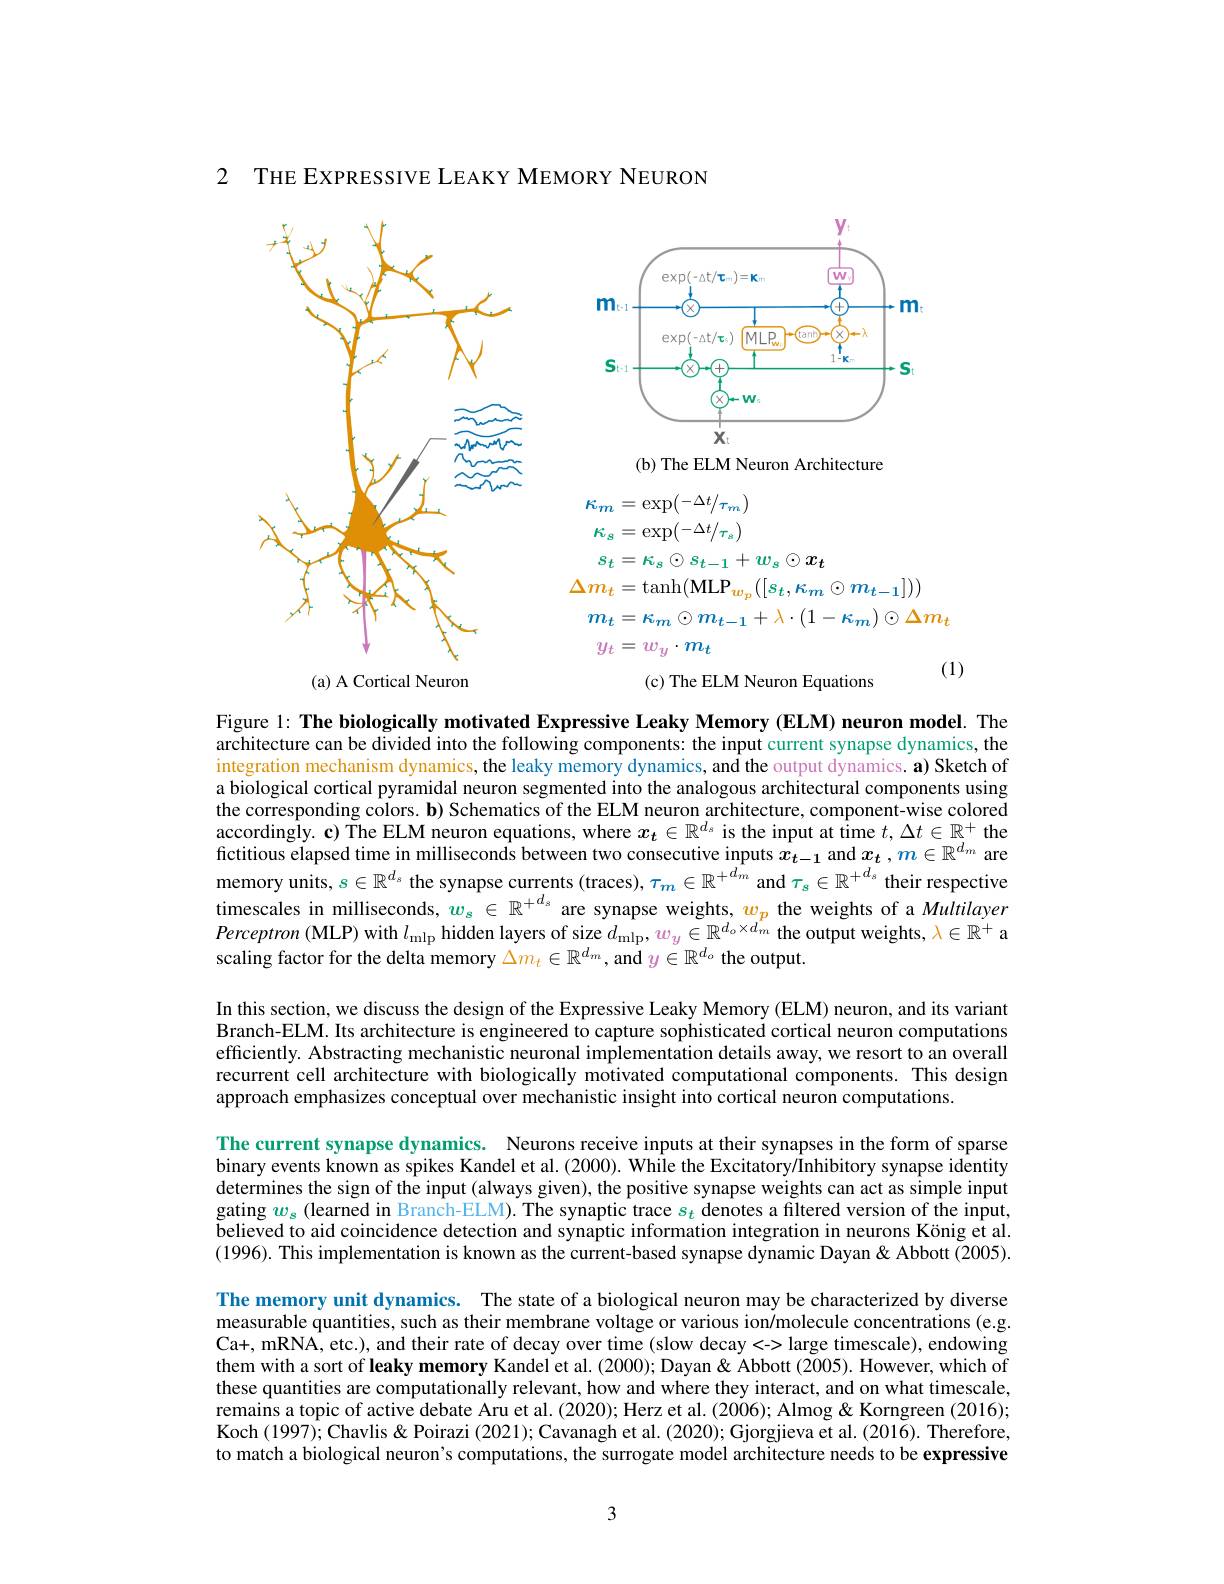
2 THE EXPRESSIVE LEAKY MEMORY NEURON

<FigureHere>

<FigureHere>

Figure l: The biologically motivated Expressive Leaky Memory (ELM) neuron model. The architecture can be divided into the following components: the input current synapse dynamics, the integration mechanism dynamics, the leaky memory dynamics, and the output dynamics. a) Sketch of a biological cortical pyramidal neuron segmented into the analogous architectural components using the corresponding colors. b) Schematics of the ELM neuron architecture, component-wise colored accordingly. c) The ELM neuron equations, where $x_t\in\mathbb{R}^{d_s}$ is the input at time $t,\Delta t\in\mathbb{R}^+$ the fictitious elapsed time in milliseconds between two consecutive inputs $\hat{x_{t-1}}$ and $x_t,m\in\mathbb{R}^{d_m}$ are $\begin{aligned}\text{memory units, }s\in\mathbb{R}^{d_s}\text{ the synapse currents (traces), }\tau_m\in\mathbb{R}^{+d_m}\mathrm{~and~}\tau_s\in\mathbb{R}^{+d_s}\end{aligned}$ their respective timescales in milliseconds, $w_s\in\mathbb{R}^{+d_s}$ are synapse weights, $w_p$ the weights of a Multilayer Perceptron (MLP) with $l_\mathrm{mlp}$ hidden layers of size $d_\mathrm{mlp},w_{y}\in\mathbb{R}^{d_{o}\times d_{m}}$ the output weights, $\lambda\in\mathbb{R}^{+}$ a scaling factor for the delta memory $\Delta m_t\in\mathbb{R}^{d_m}$, and $y\in\mathbb{R}^d_o$ the output.

In this section, we discuss the design of the Expressive Leaky Memory (ELM) neuron, and its variant Branch-ELM. Its architecture is engineered to capture sophisticated cortical neuron computations efficiently. Abstracting mechanistic neuronal implementation details away, we resort to an overall recurrent cell architecture with biologically motivated computational components. This design approach emphasizes conceptual over mechanistic insight into cortical neuron computations.
The current synapse dynamics. Neurons receive inputs at their synapses in the form of sparse binary events known as spikes Kandel et al. (2000). While the Excitatory/Inhibitory synapse identity determines the sign of the input (always given), the positive synapse weights can act as simple input gating $w_s$ (learned in Branch-ELM). The synaptic trace $s_t$ denotes a filtered version of the input, believed to aid coincidence detection and synaptic information integration in neurons König et al. (1996). This implementation is known as the current-based synapse dynamic Dayan & Abbott (2005). The memory unit dynamics. The state of a biological neuron may be characterized by diverse measurable quantities, such as their membrane voltage or various ion/molecule concentrations (e.g. Ca+, mRNA, etc.), and their rate of decay over time (slow decay<-> large timescale), endowing them with a sort of leaky memory Kandel et al. (2000); Dayan & Abbott (2005). However, which of these quantities are computationally relevant, how and where they interact, and on what timescale, remains a topic of active debate Aru et al. (2020); Herz et al. (2006); Almog & Korngreen (2016); Koch (1997); Chavlis & Poirazi (2021); Cavanagh et al. (2020); Gjorgjieva et al. (2016). Therefore, to match a biological neuron's computations, the surrogate model architecture needs to be expressive

3